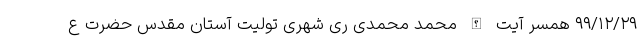
۹۹/۱۲/۲۹ همسر آیت الله محمد محمدی ری شهری تولیت آستان مقدس حضرت ع